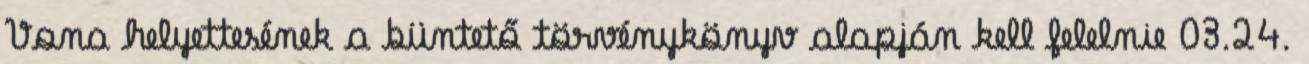
Vona helyettesének a büntető törvénykönyv alapján kell felelnie 03.24.